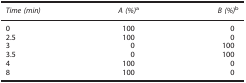
<table><thead><tr><td><b><i>Time (min)</i></b></td><td><b><i>A (%)</i>a</b></td><td><b><i>B (%)</i>b</b></td></tr></thead><tbody><tr><td>0</td><td>100</td><td>0</td></tr><tr><td>2.5</td><td>100</td><td>0</td></tr><tr><td>3</td><td>0</td><td>100</td></tr><tr><td>3.5</td><td>0</td><td>100</td></tr><tr><td>4</td><td>100</td><td>0</td></tr><tr><td>8</td><td>100</td><td>0</td></tr></tbody></table>